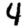
Digit: 4